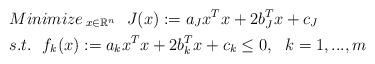
LaTeX: \begin{align*} &{Minimize\,}_{x\in \mathbb{R}^n} \ \ J(x):=a_Jx^Tx+2b_J^Tx+c_J\\ &s.t.\ \ f_k(x):=a_kx^Tx+2b_k^Tx+c_k \le 0,\ \ k=1,...,m \end{align*}